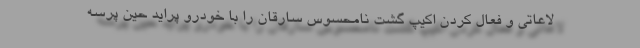
لاعاتی و فعال کردن اکیپ گشت نامحسوس سارقان را با خودرو پراید حین پرسه